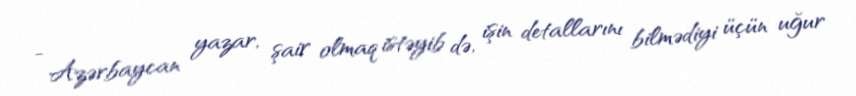
- Azərbaycan yazar, şair olmaq istəyib də, işin detallarını bilmədiyi üçün uğur